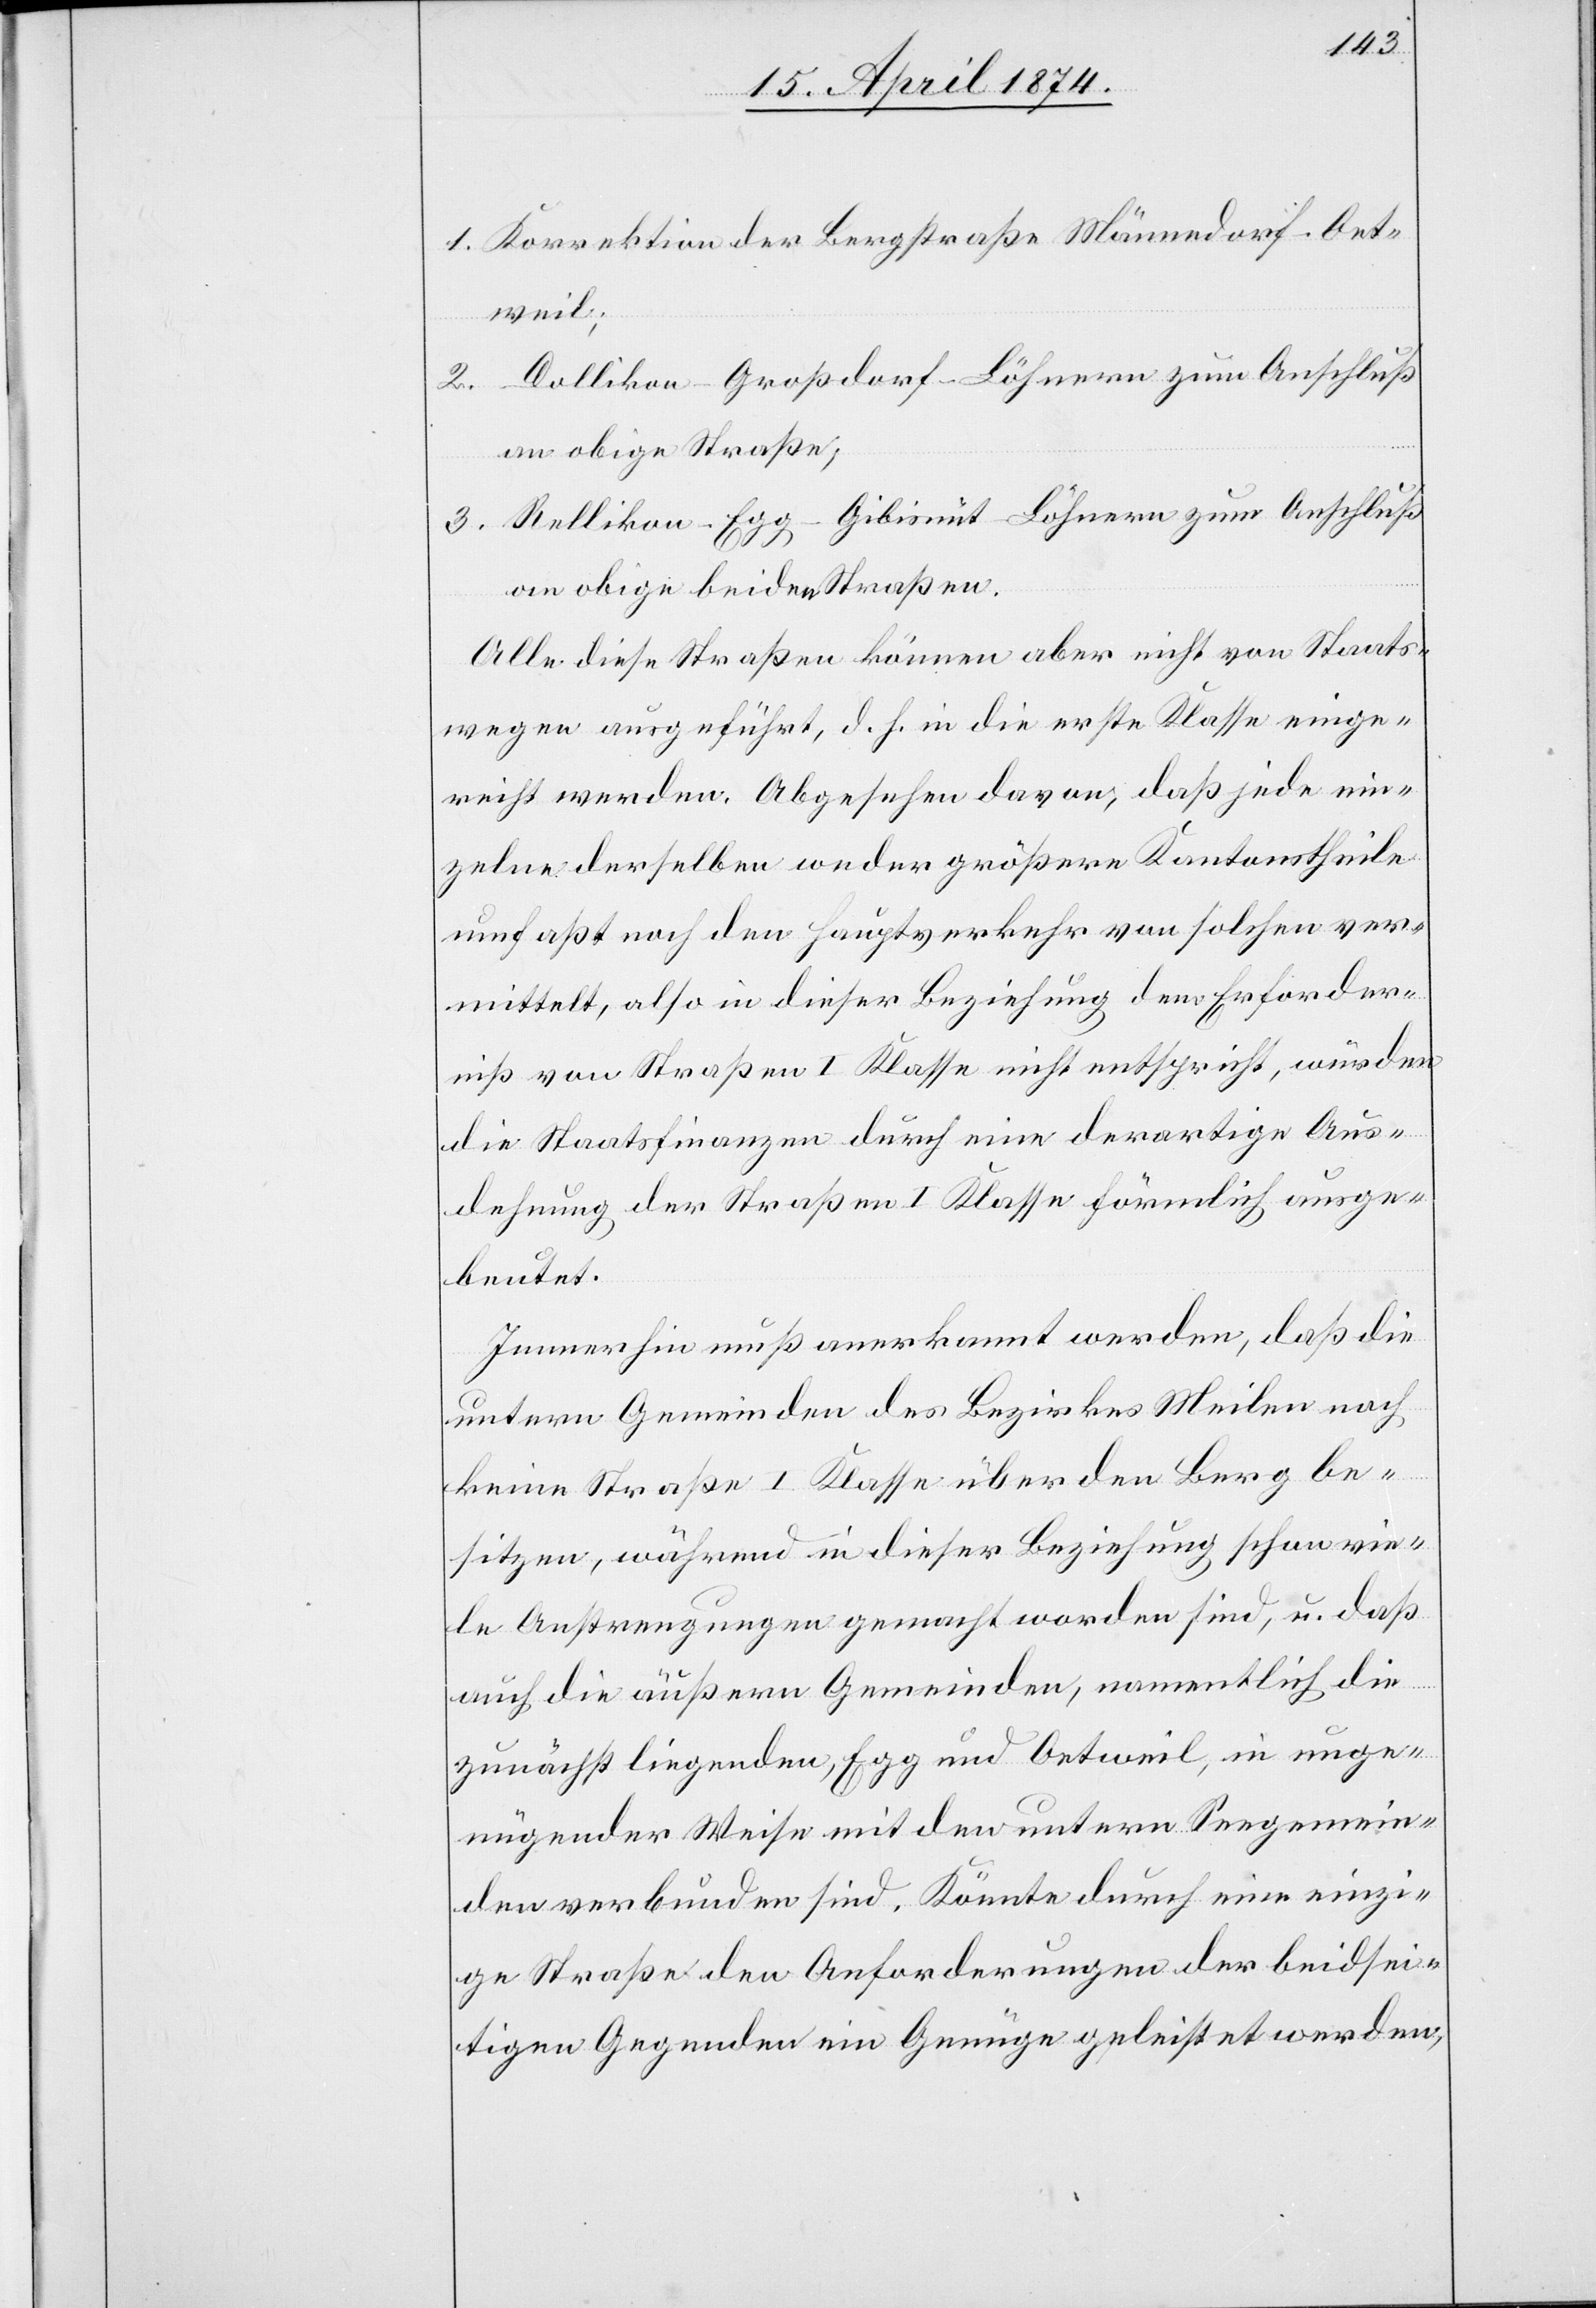
1. Korrektion der Bergstraße Männedorf-Oet¬
weil;
2. Dollikon-Großdorf-Löhnern zum Anschluß
an obige Straße;
3. Rellikon-Egg-Gibisnüt-Löhnern zum Anschluß
an obige beiden Straßen.
Alle diese Straßen können aber nicht von Staats¬
wegen ausgeführt, d. h. in die erste Klasse einge¬
reicht werden. Abgesehen davon, daß jede ein¬
zelne derselben weder größere Kantonstheile
umfaßt noch den Hauptverkehr von solchen ver¬
mittelt, also in dieser Beziehung dem Erforder¬
niß von Straßen I. Klasse nicht entspricht, würden
die Staatsfinanzen durch eine derartige Aus¬
dehnung der Straßen I. Klasse förmlich ausge¬
beutet.
Immerhin muß anerkannt werden, daß die
untern Gemeinden des Bezirkes Meilen noch
keine Straße I. Klasse über den Berg be¬
sitzen, während in dieser Beziehung schon vie¬
le Anstrengungen gemacht worden sind, u. daß
auch die äußern Gemeinden, namentlich die
zunächst liegenden, Egg und Oetweil, in unge¬
nügender Weise mit den untern Seegemein¬
den verbunden sind. Könnte durch eine einzi¬
ge Straße den Anforderungen der beidsei¬
tigen Gegenden ein Genüge geleistet werden,